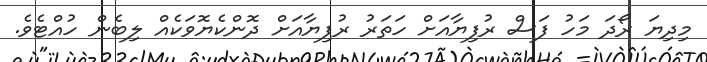
މިދިޔަ ރޯދަ މަހު ފަސް ރުފިޔާއަށް ހަތަރު ރުފިޔާއަށް ދޮންކެޔޮވަކެއް ލިބެން ހުއްޓެވެ.